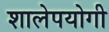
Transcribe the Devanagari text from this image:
शालेपयोगी